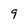
Character: 9